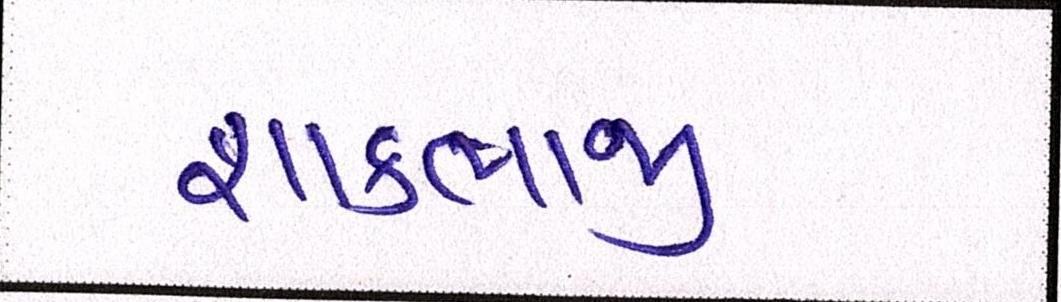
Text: શાકભાજી